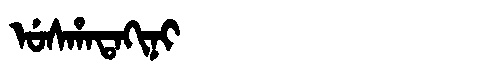
Manchu: ᡠᠰᡥᠠᡨᠠᡴᡳᠨᡳ
Romanization: USHATAKINI